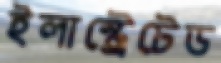
ইলাস্ট্রেটেড